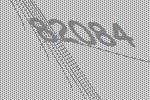
82084